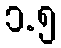
၁.၅